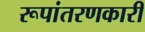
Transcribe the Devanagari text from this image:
रूपांतरणकारी